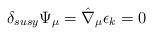
LaTeX: \begin{align*}\delta_{susy} \Psi_{\mu} = \hat \nabla _{\mu} \epsilon_k = 0\end{align*}